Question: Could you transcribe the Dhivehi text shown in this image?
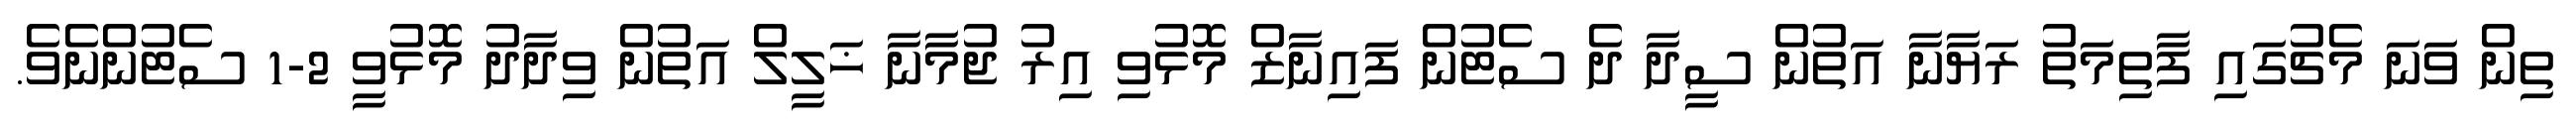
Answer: ތިން ވަނަ މެޗުގައި ފާތިމަތު ރަޔާނާ އަތުން ސީދާ ދެ ސެޓުން ފައިނާޒް މޮޅުވި އިރު ޖުމާނާ ޚަލީލް އަތުން ވިދާދު މޮޅުވީ 2-1 ސެޓުންނެވެ.